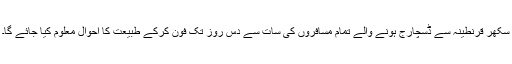
سکھر قرنطینہ سے ڈسچارج ہونے والے تمام مسافروں کی سات سے دس روز تک فون کرکے طبیعت کا احوال معلوم کیا جائے گا۔